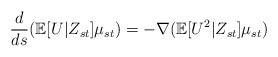
\begin{align*}\frac{d}{ds}(\mathbb{E}[U|Z_{st}]\mu_{st})=-\nabla(\mathbb{E}[U^2|Z_{st}]\mu_{st})\end{align*}